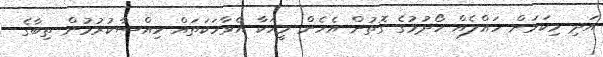
އަދި މިކަމަށް ހައްލެއް ހޯދުމުގެ ގޮތުން އެހެން މީހަކާ އެވާހަކަތައް ހިއްސާކުރުމުން ތިބާގެ